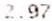
2.97